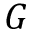
G